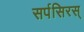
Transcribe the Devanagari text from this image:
सर्पसिरस्